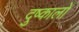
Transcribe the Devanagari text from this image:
दुष्कालों